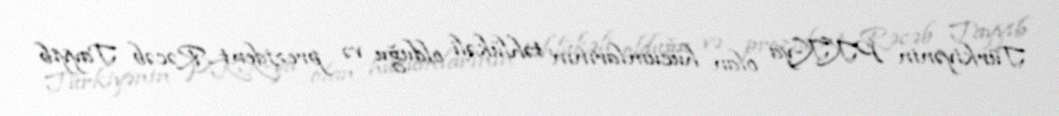
Türkiyənin PKK-ya olan hücumlarının təhlükəli olduğu və prezident Rəcəb Tayyib